Vaccination Hyderabad 1890-1903 - 1890-1903
Year: 1890
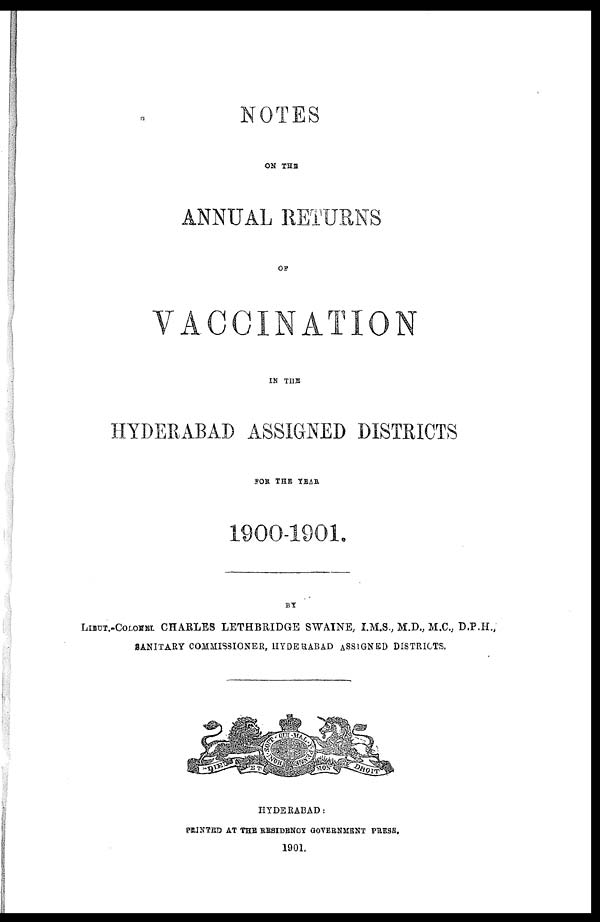
NOTES
ON THE
ANNUAL RETURNS
OF
VACCINATION
IN THE
HYDERABAD ASSIGNED DISTRICTS
FOR THE YEAR
1900-1901.
BY
LIEUT.-COLONEL CHARLES LETHBRIDGE SWAINE, I.M.S., M.D., M.C., D.P.H.,
SANITARY COMMISSIONER, HYDERABAD ASSIGNED DISTRICTS.
HYDERABAD:
PRINTED AT THE RESIDENCY GOVERNMENT PRESS.
1901.